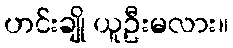
ဟင်းချို ယူဦးမလား။